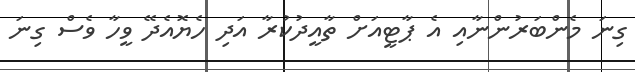
ގިނަ މެންބަރުންނާއި އެ ޕާޓީއަށް ތާއީދުކުރާ އަދި ހެޔޮއެދޭ ވީހާ ވެސް ގިނަ